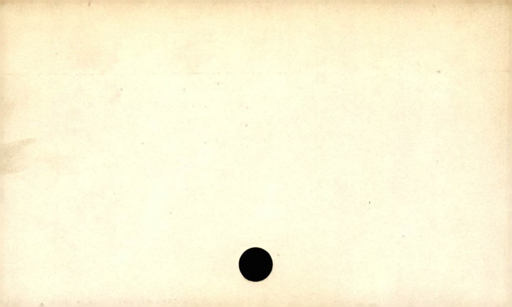
Label: blank